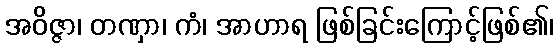
အဝိဇ္ဇာ၊ တဏှာ၊ ကံ၊ အာဟာရ ဖြစ်ခြင်းကြောင့်ဖြစ်၏၊